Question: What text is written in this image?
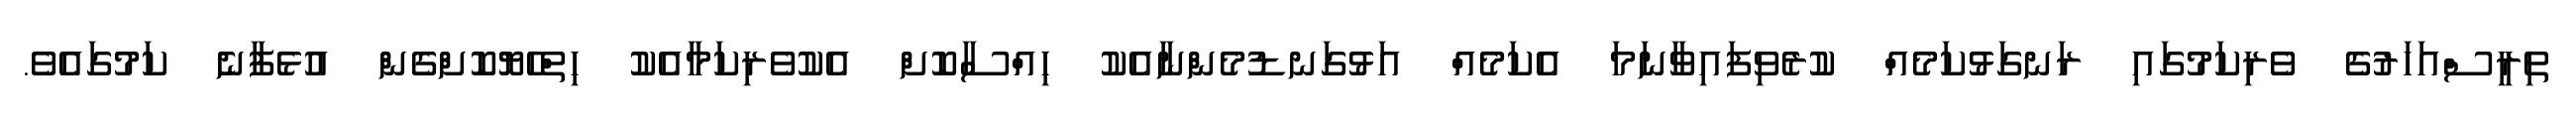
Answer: ތިރީސްއަހަރުގެ ވެރިކަމުގައި ރަނގަޅުކަމެއް ކުރެވިފައިވާނަމަ އެކަމެއް އަޅުގަނޑުމެންނާއެކު ހިއްސާކޮށް އެކުވެރިކަމާއެކު ހިތްހެޔޮކޮށްގެން އުޅެފާނެ ކަމުގައެވެ.